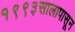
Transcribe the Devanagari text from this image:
१९९३सालापासून